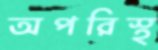
অপরিস্থ